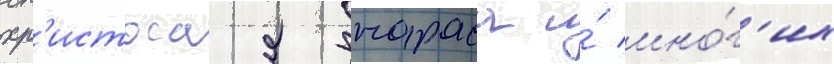
хр'истоса яннараса и́ мно́г'их